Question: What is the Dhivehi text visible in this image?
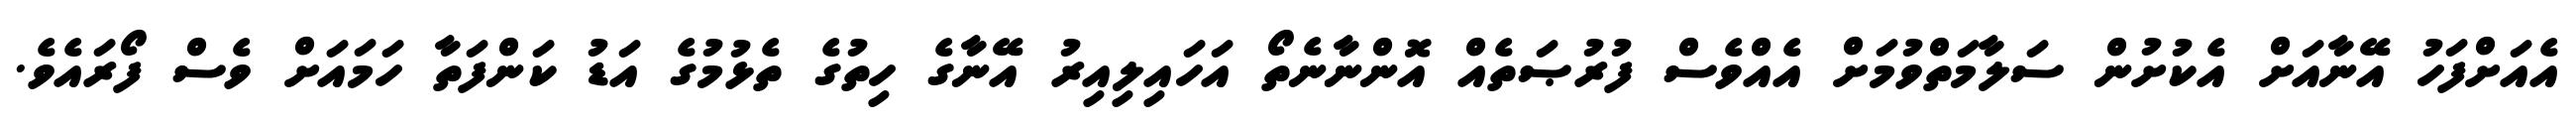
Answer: އެއަށްފަހު އޭނާއަށް އެކުށުން ސަލާމަތްވުމަށް އެއްވެސް ފުރުޞަތެއް އޮންނާނެތޯ އަހައިލިއިރު އޭނާގެ ހިތުގެ ތެޅުމުގެ އަޑު ކަންފަތާ ހަމައަށް ވެސް ފޯރައެވެ.